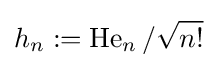
h_{n}:=\operatorname {He} _{n}/{\sqrt {n!}}